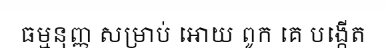
ធម្មនុញ្ញ សម្រាប់ អោយ ពូក គេ បង្កើត